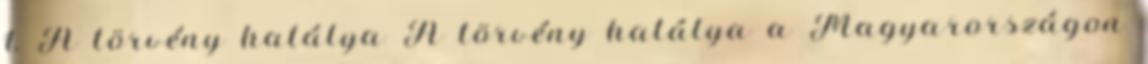
1. A törvény hatálya A törvény hatálya a Magyarországon